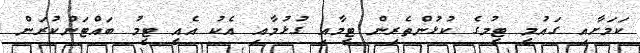
ކަމަށާއި ގައުމީ ޓީމުގެ ކުޅުންތެރިން ޓީމާއި ގުޅުމާއި އެކު އެއީ ޓީމު ބައްޓަންކުރަން